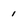
Character: 1